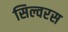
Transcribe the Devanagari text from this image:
सिल्वरस